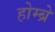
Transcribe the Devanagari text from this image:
होम्ब्रे